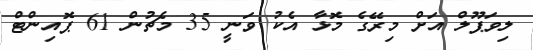
ލިވަޕޫލް އަށް މިރޭގެ މޮޅާ އެކު ވަނީ 35 މެޗުން 61 ޕޮއިންޓް